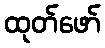
ထုတ်ဖော်